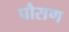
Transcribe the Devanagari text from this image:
पौसण